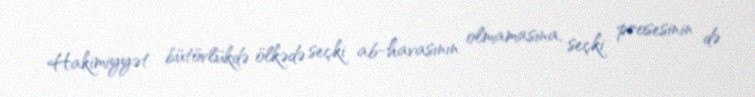
Hakimiyyət bütövlükdə ölkədə seçki ab-havasının olmamasına, seçki prosesinin də